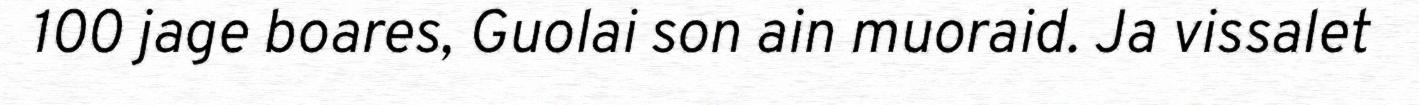
100 jage boares, Guolai son ain muoraid. Ja vissalet